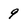
Character: 9